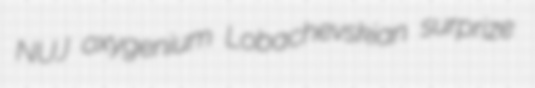
NUJ oxygenium Lobachevskian surprize